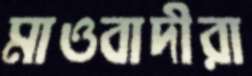
মাওবাদীরা